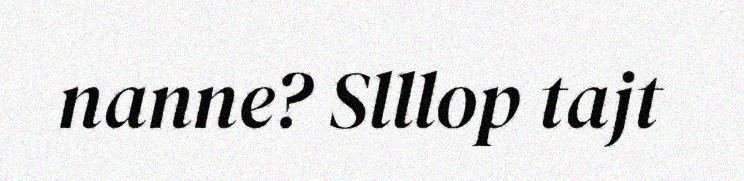
nanne? Slllop tajt